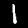
Digit: 1